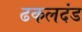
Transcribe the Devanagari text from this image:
ढकलदंड